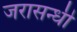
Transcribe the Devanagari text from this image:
जरासन्धी